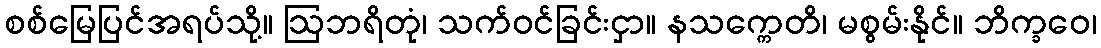
စစ်မြေပြင်အရပ်သို့။ ဩဘရိတုံ၊ သက်ဝင်ခြင်းငှာ။ နသက္ကေတိ၊ မစွမ်းနိုင်။ ဘိက္ခဝေ၊